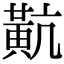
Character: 𪎵